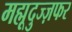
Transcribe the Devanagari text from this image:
मह्मूदुज्ज़फर